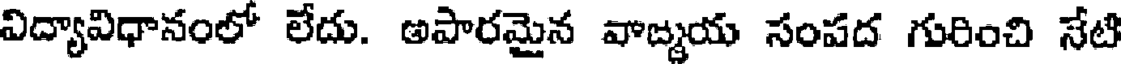
విద్యావిధానంలో లేదు. అపారమైన వాబ్మయ సంపద గురించి నేటి